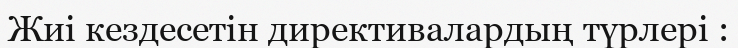
Жиі кездесетін директивалардың түрлері :